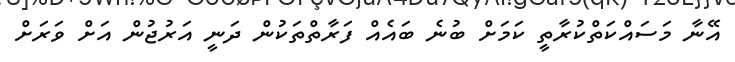
އޭނާ މަސައްކަތްކުރާތީ ކަމަށް ބުނެ ބައެއް ފަރާތްތަކުން ދަނީ އަރުޖުން އަށް ވަރަށް